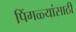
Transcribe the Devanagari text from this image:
पिंगळ्यांसाठी